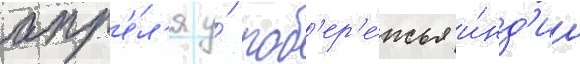
апр'е́л'я у́ поб'ер'е́жья и́нд'ии